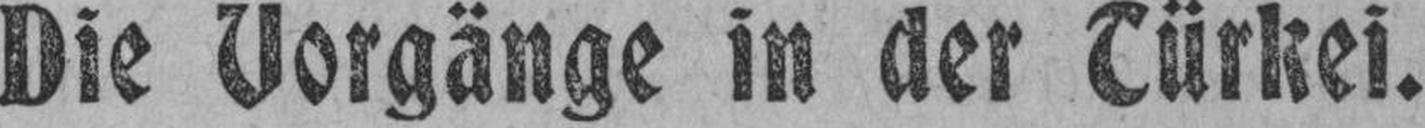
Die Vorgänge in der Türkei.